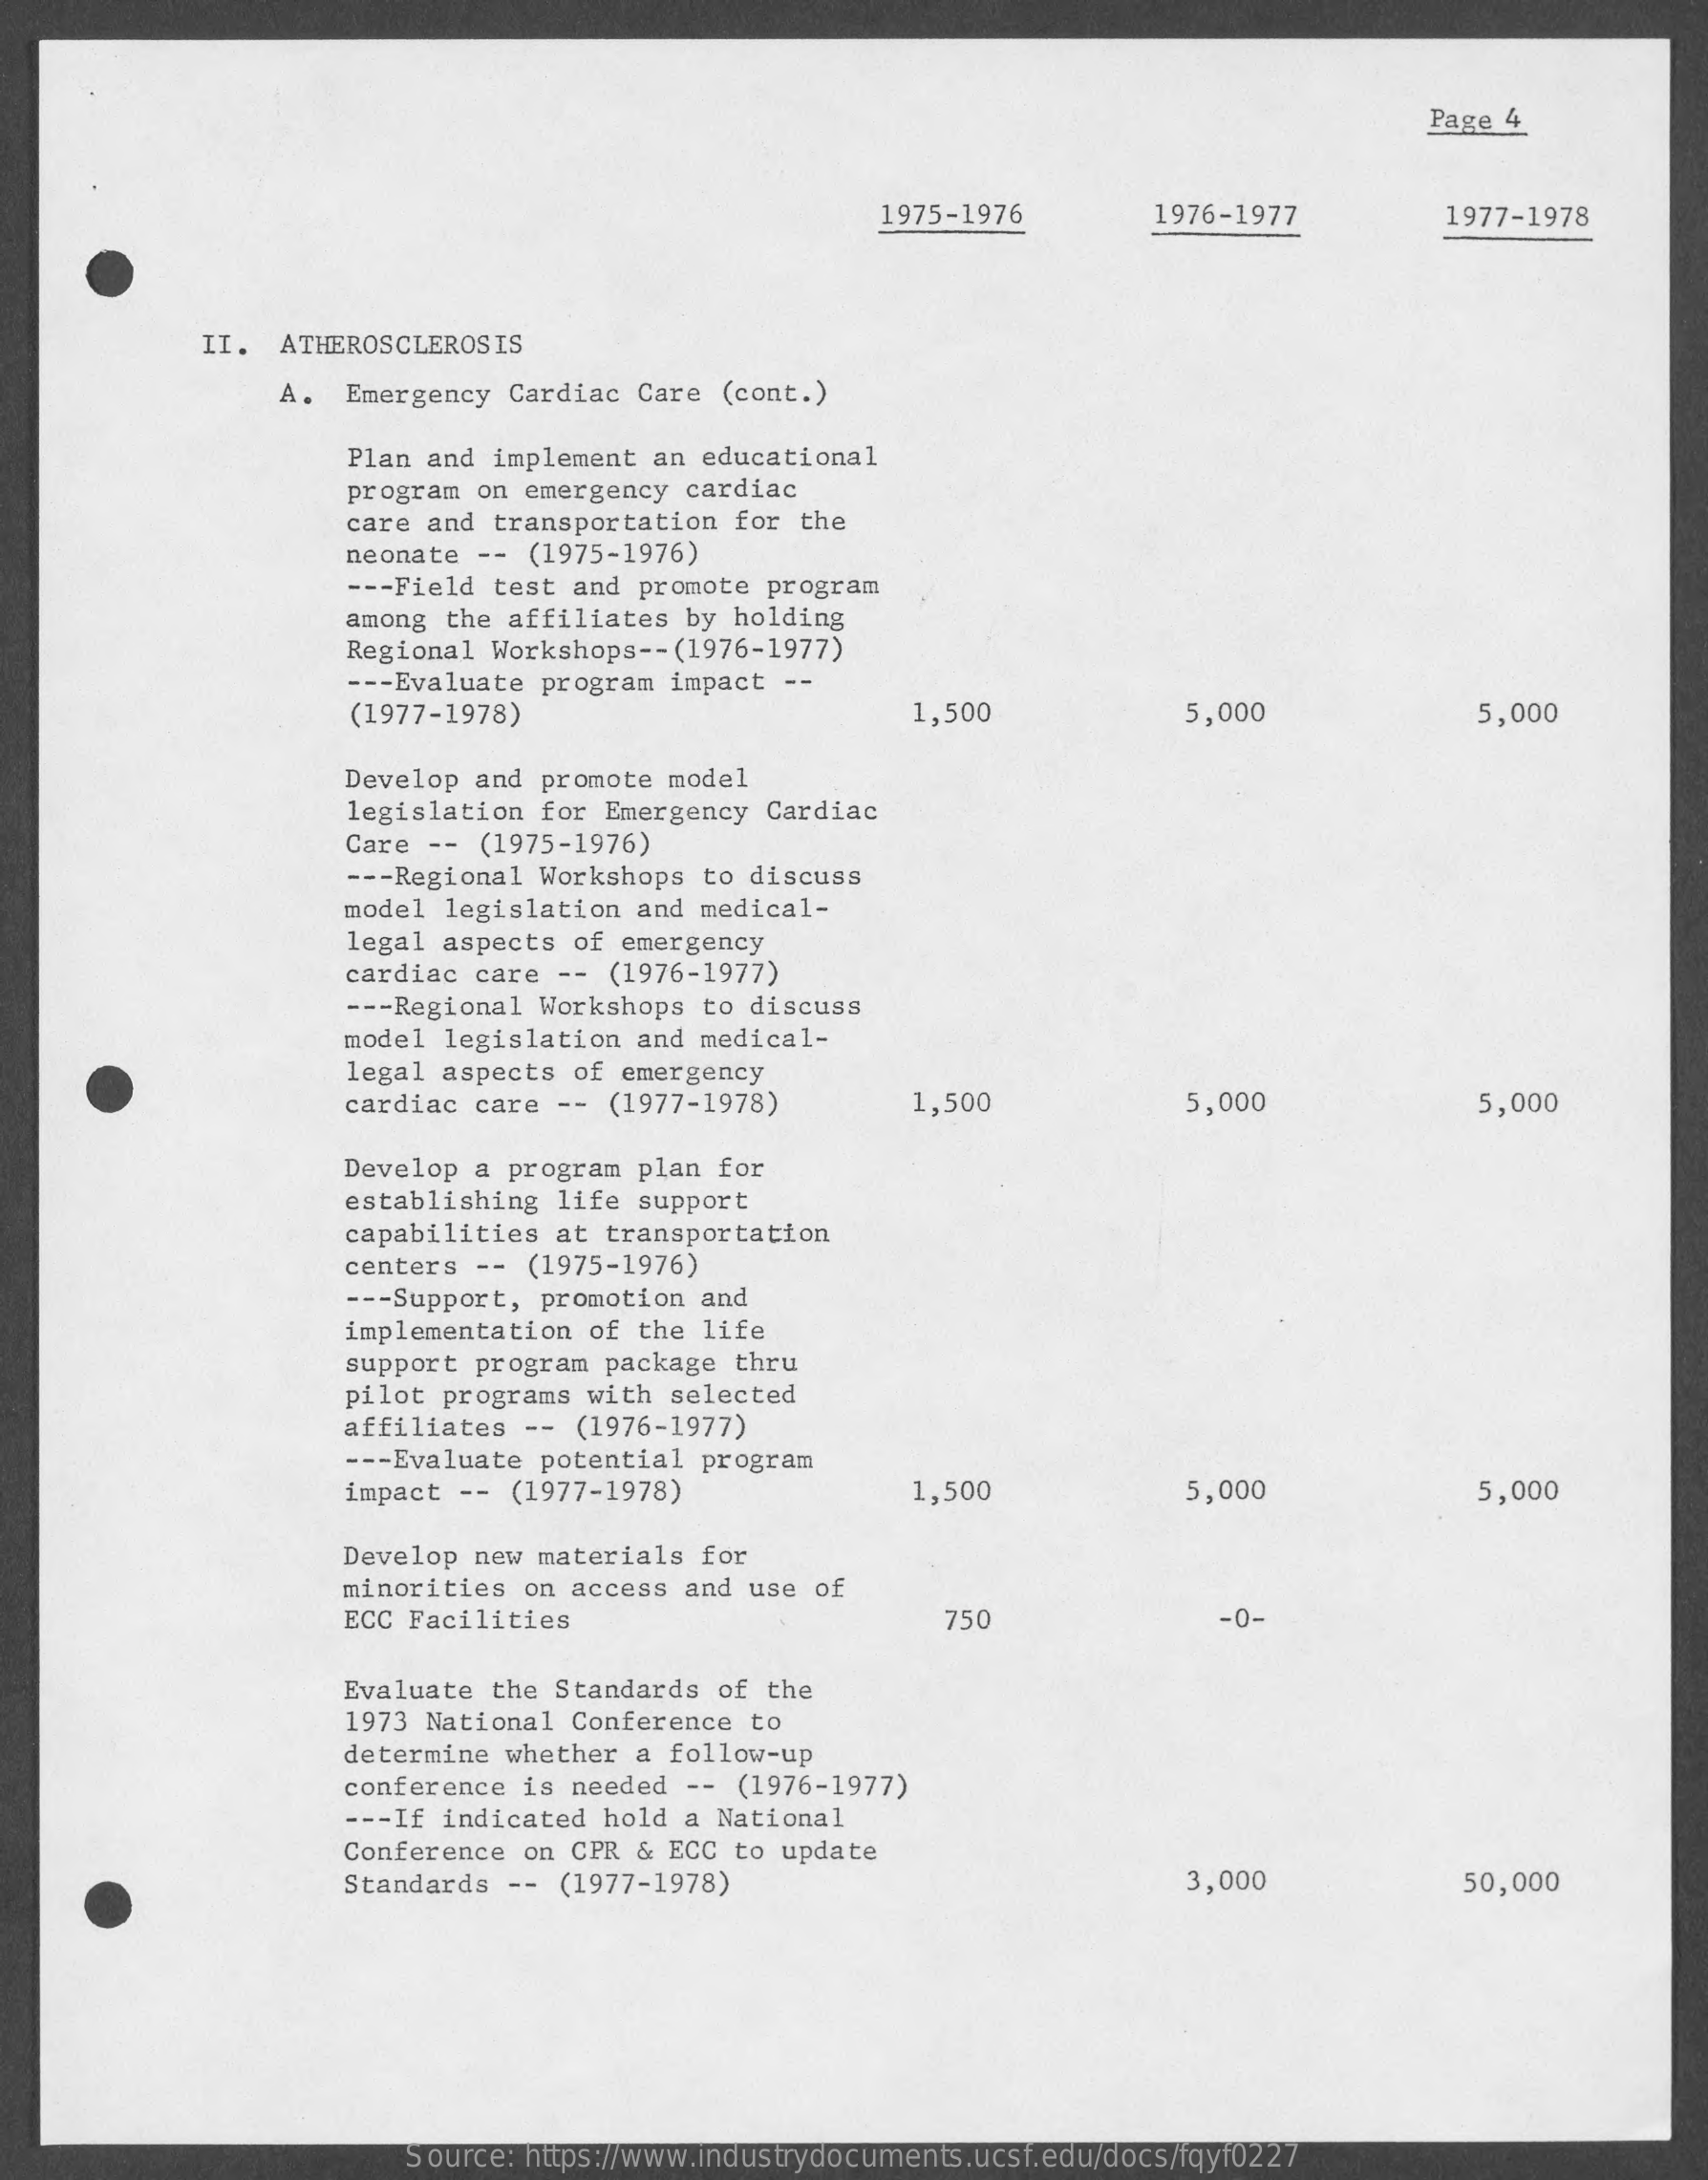
Page 4
     1975-1976    1976-1977    1977-1978
     II.  ATHEROSCLEROSIS
     A.  Emergency  Cardiac Care  (cont.)
     Plan and  implement an educational
     program on  emergency cardiac
     care and transportation   for the
     neonate  -- (1975-1976)
     --- Field test and promote  program
     among the  affiliates by  holding
     Regional Workshops -- (1976-1977)
     --- Evaluate program impact  --
     (1977-1978)    1,500    5,000    5,000
     Develop and  promote model
     legislation  for Emergency  Cardiac
     Care --  (1975-1976)
     --- Regional Workshops to  discuss
     model legislation  and medical-
     legal aspects  of emergency
     cardiac care  -- (1976-1977)
     --- Regional Workshops to  discuss
     model legislation  and medical-
     legal aspects  of emergency
     cardiac care  -- (1977-1978)    1,500    5,000    5,000
     Develop a  program plan for
     establishing  life support
     capabilities  at transportation
     centers  -- (1975-1976)
     --- Support, promotion and
     implementation  of the life
     support program  package  thru
     pilot programs  with selected
     affiliates  -- (1976-1977)
     --- Evaluate potential program
     impact --  (1977-1978)    1,500    5,000    5,000
     Develop new materials  for
     minorities  on access and  use of
     ECC Facilities    750    -0-
     Evaluate the  Standards of  the
     1973 National  Conference  to
     determine whether  a follow-up
     conference  is needed --  (1976-1977)
     --- If indicated hold a National
     Conference  on CPR & ECC  to update
     Standards  -- (1977-1978)    3,000    50,000
     Source: https://www.industrydocuments.ucsf.edu/docs/fqyf0227